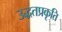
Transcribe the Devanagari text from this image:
उद्धतप्रकृति